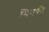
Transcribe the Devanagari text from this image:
मिनकी